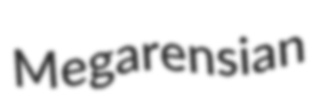
Megarensian